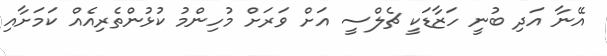
އޭނާ އަދި ބުނީ ހަޒާޑަކީ ޗެލްސީ އަށް ވަރަށް މުހިންމު ކުޅުންތެރިއެއް ކަމަށާއި